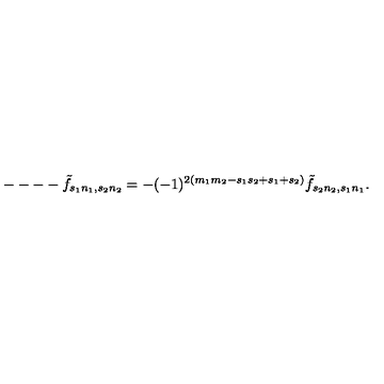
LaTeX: --- - \tilde { f } _ { s _ { 1 } n _ { 1 } , s _ { 2 } n _ { 2 } } = - ( - 1 ) ^ { 2 ( m _ { 1 } m _ { 2 } - s _ { 1 } s _ { 2 } + s _ { 1 } + s _ { 2 } ) } \tilde { f } _ { s _ { 2 } n _ { 2 } , s _ { 1 } n _ { 1 } } .